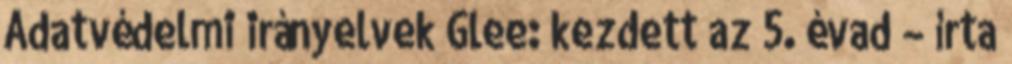
Adatvédelmi irányelvek Glee: kezdett az 5. évad – írta